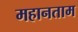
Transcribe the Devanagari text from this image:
महानताम